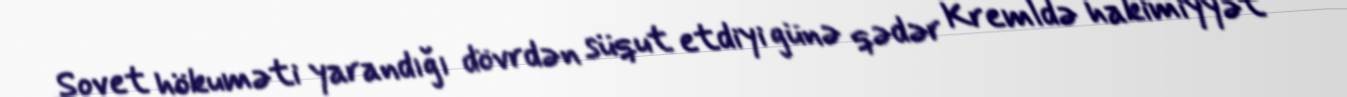
Sovet hökuməti yarandığı dövrdən süqut etdiyi günə qədər Kremldə hakimiyyət